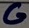
Text: G